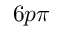
6 p \pi